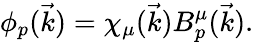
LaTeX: \phi_{p}(\vec{k})=\chi_{\mu}(\vec{k})B_{p}^{\mu}(\vec{k}).